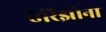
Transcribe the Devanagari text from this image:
ऍरिझोना